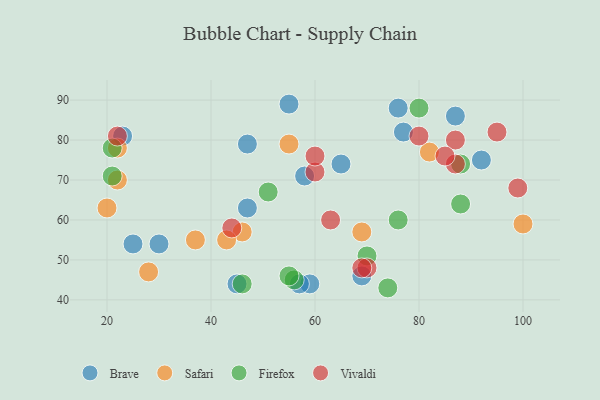
{"axis": {"x": "GDP", "y": "Life Expectancy"}, "legend": ["Brave", "Firefox", "Safari", "Vivaldi"], "data": [{"x": "45", "y": 44, "type": "Brave"}, {"x": "47", "y": 63, "type": "Brave"}, {"x": "87", "y": 86, "type": "Brave"}, {"x": "30", "y": 54, "type": "Brave"}, {"x": "92", "y": 75, "type": "Brave"}, {"x": "47", "y": 79, "type": "Brave"}, {"x": "23", "y": 81, "type": "Brave"}, {"x": "65", "y": 74, "type": "Brave"}, {"x": "55", "y": 89, "type": "Brave"}, {"x": "59", "y": 44, "type": "Brave"}, {"x": "69", "y": 46, "type": "Brave"}, {"x": "76", "y": 88, "type": "Brave"}, {"x": "77", "y": 82, "type": "Brave"}, {"x": "25", "y": 54, "type": "Brave"}, {"x": "58", "y": 71, "type": "Brave"}, {"x": "57", "y": 44, "type": "Brave"}, {"x": "22", "y": 78, "type": "Safari"}, {"x": "37", "y": 55, "type": "Safari"}, {"x": "28", "y": 47, "type": "Safari"}, {"x": "22", "y": 70, "type": "Safari"}, {"x": "69", "y": 57, "type": "Safari"}, {"x": "100", "y": 59, "type": "Safari"}, {"x": "20", "y": 63, "type": "Safari"}, {"x": "46", "y": 57, "type": "Safari"}, {"x": "55", "y": 79, "type": "Safari"}, {"x": "43", "y": 55, "type": "Safari"}, {"x": "82", "y": 77, "type": "Safari"}, {"x": "46", "y": 44, "type": "Firefox"}, {"x": "21", "y": 71, "type": "Firefox"}, {"x": "56", "y": 45, "type": "Firefox"}, {"x": "76", "y": 60, "type": "Firefox"}, {"x": "80", "y": 88, "type": "Firefox"}, {"x": "51", "y": 67, "type": "Firefox"}, {"x": "88", "y": 64, "type": "Firefox"}, {"x": "74", "y": 43, "type": "Firefox"}, {"x": "88", "y": 74, "type": "Firefox"}, {"x": "55", "y": 46, "type": "Firefox"}, {"x": "21", "y": 78, "type": "Firefox"}, {"x": "70", "y": 51, "type": "Firefox"}, {"x": "60", "y": 72, "type": "Vivaldi"}, {"x": "80", "y": 81, "type": "Vivaldi"}, {"x": "60", "y": 76, "type": "Vivaldi"}, {"x": "44", "y": 58, "type": "Vivaldi"}, {"x": "95", "y": 82, "type": "Vivaldi"}, {"x": "99", "y": 68, "type": "Vivaldi"}, {"x": "87", "y": 74, "type": "Vivaldi"}, {"x": "87", "y": 80, "type": "Vivaldi"}, {"x": "22", "y": 81, "type": "Vivaldi"}, {"x": "85", "y": 76, "type": "Vivaldi"}, {"x": "70", "y": 48, "type": "Vivaldi"}, {"x": "63", "y": 60, "type": "Vivaldi"}, {"x": "69", "y": 48, "type": "Vivaldi"}]}